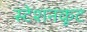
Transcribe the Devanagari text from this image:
स्टेशनकूट